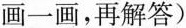
画一画，再解答)